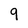
Character: 9